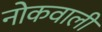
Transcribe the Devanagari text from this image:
नोकवाली